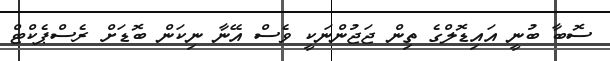
ސޮބާ ބުނީ އައިޑޮލްގެ ތިން ޖަޖުންނަކީ ވެސް އޭނާ ނިކަން ބޮޑަށް ރެސްޕެކްޓް